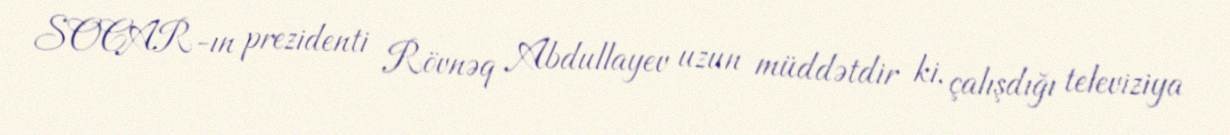
SOCAR-ın prezidenti Rövnəq Abdullayev uzun müddətdir ki, çalışdığı televiziya